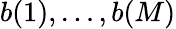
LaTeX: b(1),\dots,b(M)